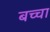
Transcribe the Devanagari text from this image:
बच्‍चा